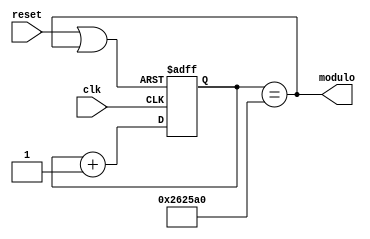
module contador25bit(
input clk, reset,
output modulo
);
reg [24:0] saida;
wire mod;
wire rst;

assign rst = reset | mod;
//assign mod = (saida[24:0] == 25'd20000000);
//assign mod = (saida[24:0] == 25'd25000000);
assign mod = (saida[24:0] == 25'd2500000);
//assign mod = (saida[24:0] == 'b1011111010111100001000000);
assign modulo = mod;
always @(posedge clk or posedge rst) begin
	if (rst)
		saida <= 25'd0;
	else
		saida <= saida + 25'd1;
end

endmodule